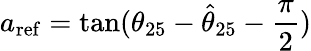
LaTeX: a_{\mathrm{ref}}=\tan({\theta_{25}-\hat{\theta}_{25}-\frac\pi 2})